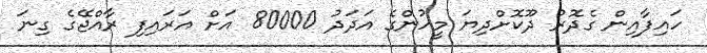
ހައިފާއިން ގެދޮރު ދޫކޮށްދިޔަ މީހުންގެ އަދަދު 80000 އަށް އަރައިފި ރާއްޖޭގެ ގިނަ